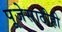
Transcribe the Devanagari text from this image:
पूजेसाठीही